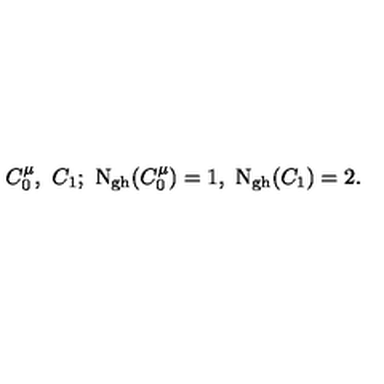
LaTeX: C _ { 0 } ^ { \mu } , \ C _ { 1 } ; \ \mathrm { N _ { g h } } ( C _ { 0 } ^ { \mu } ) = 1 , \ \mathrm { N _ { g h } } ( C _ { 1 } ) = 2 .